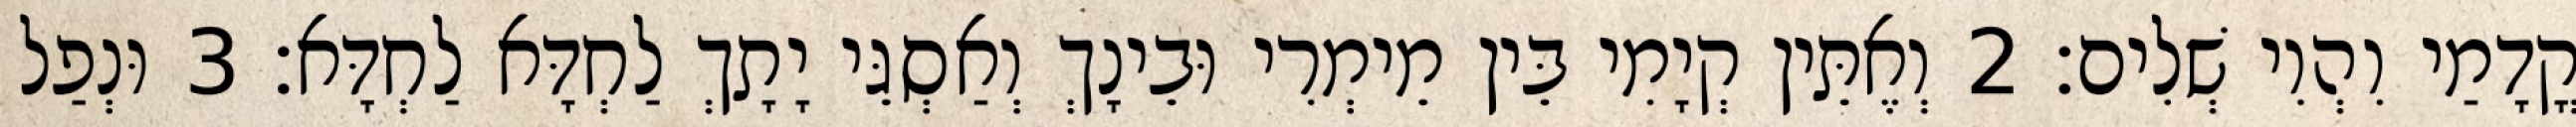
קֳדָמַי וִהְוִי שְׁלִים׃ 2 וְאֶתֵּין קְיָמִי בֵּין מֵימְרִי וּבֵינָךְ וְאַסְגֵּי יָתָךְ לַחְדָּא לַחְדָּא׃ 3 וּנְפַל